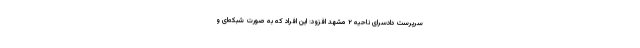
سرپرست دادسرای ناحیه ۲ مشهد افزود: این افراد که به صورت شبکه‌ای و